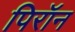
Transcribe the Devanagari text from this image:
पिरॉन